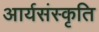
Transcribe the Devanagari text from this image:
आर्यसंस्कृति